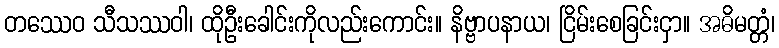
တဿေဝ သီသဿဝါ၊ ထိုဦးခေါင်းကိုလည်းကောင်း။ နိဗ္ဗာပနာယ၊ ငြိမ်းစေခြင်းငှာ။ အဓိမတ္တံ၊